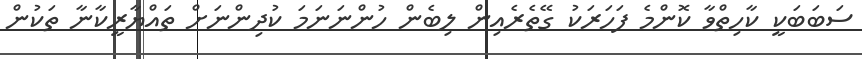
ސަބަބަކީ ކާހިތްވާ ކޮންމެ ފަހަރަކު ގޭތެރެއިން ލިބެން ހުންނަނަމަ ކުދިންނަށް ތައްޔާރީކާނާ ތަކުން